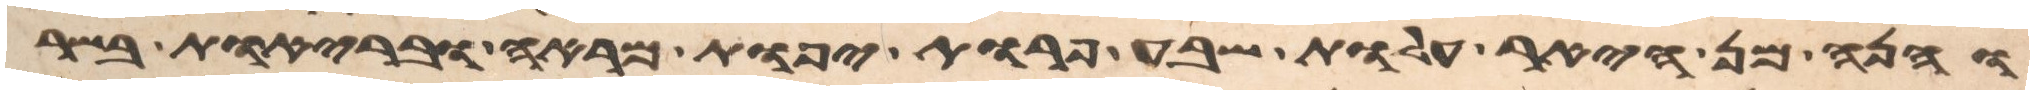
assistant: והנה מן היאר עלות שבע פרות יפות מראה ובריות בשר